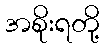
အစိုးရတို့